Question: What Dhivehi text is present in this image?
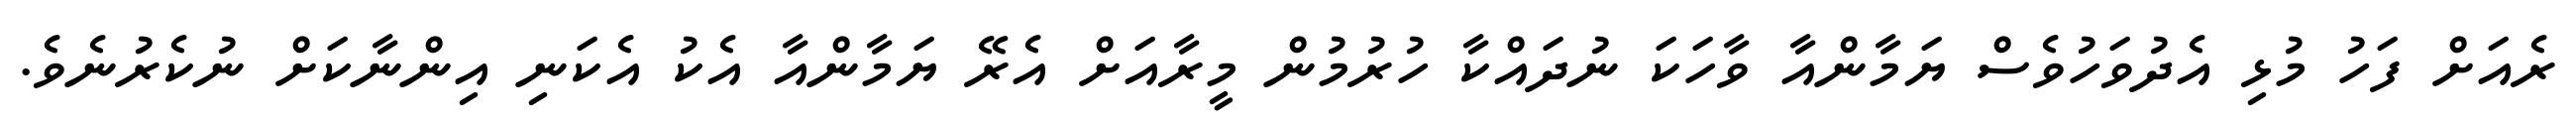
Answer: ރެއަށް ފަހު މުޅި އެދުވަހުވެސް ޔަމާންއާ ވާހަކަ ނުދައްކާ ހުރުމުން މީރާއަށް އެރޭ ޔަމާންއާ އެކު އެކަނި އިންނާކަށް ނުކެރުނެވެ.